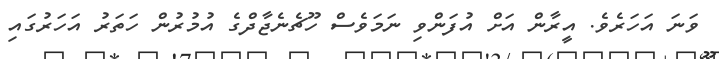
ވަނަ އަހަރެވެ. އީރާން އަށް އުފަންވި ނަމަވެސް ހޫޗެނެޖާދްގެ އުމުރުން ހަތަރު އަހަރުގައި